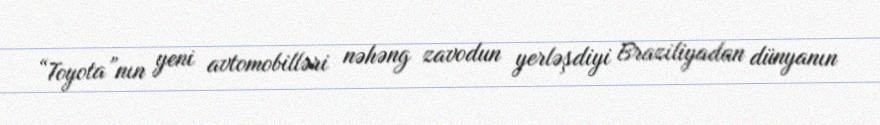
“Toyota”nın yeni avtomobilləri nəhəng zavodun yerləşdiyi Braziliyadan dünyanın